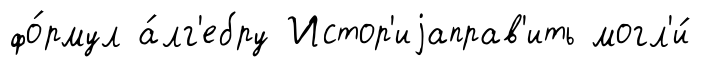
фо́рмул а́лг'ебру Истор'иjаправ'ить могл'и́